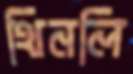
থিনলি